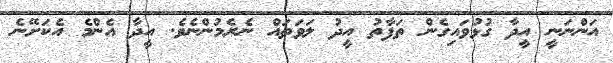
އަންނަނީ އީދާ ގުޅުވައިގެން ތަފާތު އީދު ލަވަތައް ނެރެމުންނެވެ. އީދާ އެންމެ އެކަށޭނެ